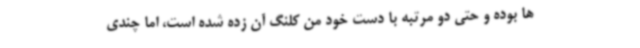
ها بوده و حتی دو مرتبه با دست خود من کلنگ آن زده شده است، اما چندی